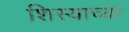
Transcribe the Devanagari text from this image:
शिस्याच्या